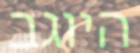
היוגב